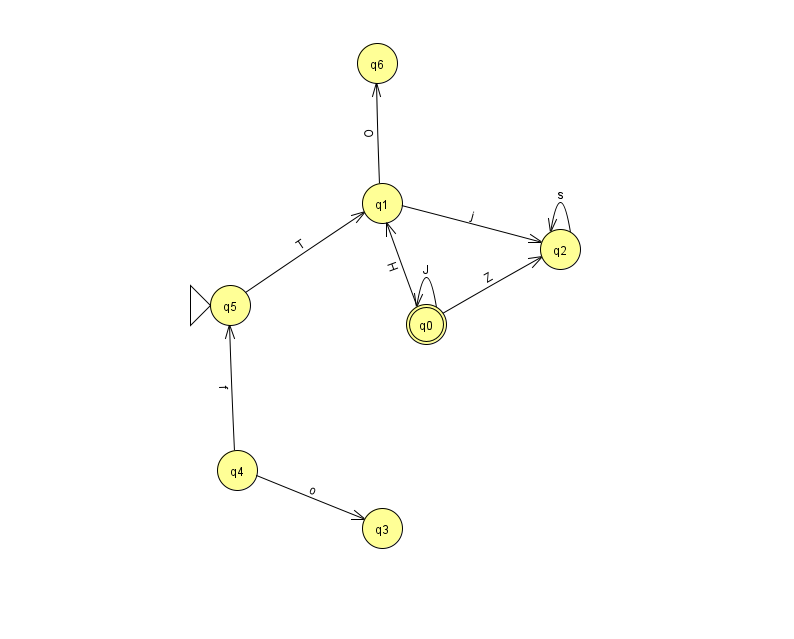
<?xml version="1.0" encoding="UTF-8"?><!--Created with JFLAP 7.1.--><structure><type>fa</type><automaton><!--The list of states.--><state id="0" name="q0"><x>426.0</x><y>311.0</y><final/></state><state id="1" name="q1"><x>382.0</x><y>190.0</y></state><state id="2" name="q2"><x>560.0</x><y>236.0</y></state><state id="3" name="q3"><x>382.0</x><y>515.0</y></state><state id="4" name="q4"><x>237.0</x><y>457.0</y></state><state id="5" name="q5"><x>230.0</x><y>292.0</y><initial/></state><state id="6" name="q6"><x>377.0</x><y>50.0</y></state><!--The list of transitions.--><transition><from>0</from><to>1</to><read>H</read></transition><transition><from>2</from><to>2</to><read>s</read></transition><transition><from>1</from><to>6</to><read>O</read></transition><transition><from>1</from><to>2</to><read>j</read></transition><transition><from>4</from><to>3</to><read>o</read></transition><transition><from>0</from><to>0</to><read>J</read></transition><transition><from>4</from><to>5</to><read>f</read></transition><transition><from>5</from><to>1</to><read>T</read></transition><transition><from>0</from><to>2</to><read>Z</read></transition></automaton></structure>